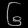
Digit: ၆